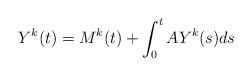
LaTeX: \begin{align*} Y^k(t)=M^k(t) + \int_0^t A Y^k(s) ds \end{align*}